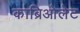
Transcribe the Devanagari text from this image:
काब्रिओलेट